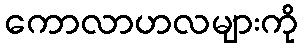
ကောလာဟလများကို